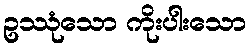
ဥဿုံသော ကိုးပါးသော